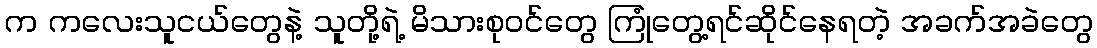
က ကလေးသူငယ်တွေနဲ့ သူတို့ရဲ့ မိသားစုဝင်တွေ ကြုံတွေ့ရင်ဆိုင်နေရတဲ့ အခက်အခဲတွေ